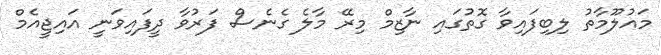
މައުލޫމާތު ލިބިފައިވާ ގޮތުގައި ނާޒިމް މިރޭ މާލެ ގެނެސް ފަރުވާ ދީފައިވަނީ އައިޖީއެމް